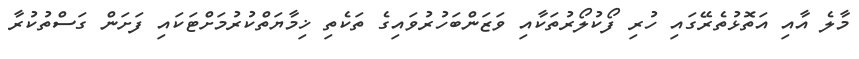
މާލެ އާއި އަތޮޅުތެރޭގައި ހުރި ފޯކުލޯރުތަކާއި ވަޒަންބަހުރުވައިގެ ތަކެތި ޚިމާޔަތްކުރުމަށްޓަކައި ފަށަން ގަސްތުކުރާ